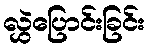
လွှဲပြောင်းခြင်း